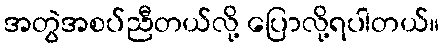
အတွဲအစပ်ညီတယ်လို့ ပြောလို့ရပါတယ်။